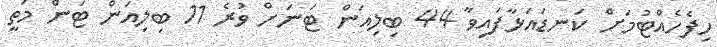
ހިފެހެއްޓުމަށް ކަނޑައަޅާފައިވާ 44 ބިލިއަން ޓަނަށް ވުރެ 11 ބިލިއަން ޓަން މަތީ